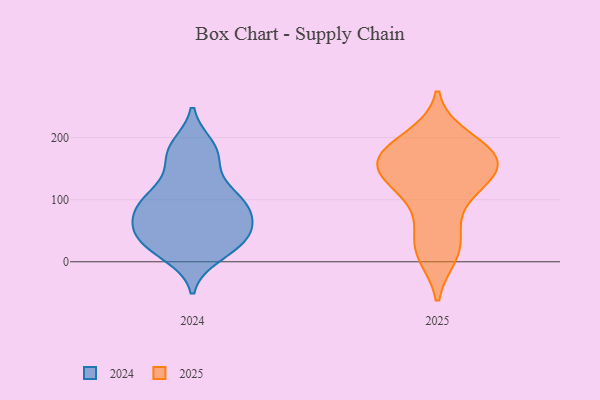
{"axis": {"x": "Operating Costs (USD K)", "y": "Value"}, "legend": ["2024", "2025"], "data": [{"x": "", "y": 103, "type": "2025"}, {"x": "", "y": 150, "type": "2025"}, {"x": "", "y": 20, "type": "2025"}, {"x": "", "y": 163, "type": "2025"}, {"x": "", "y": 178, "type": "2025"}, {"x": "", "y": 24, "type": "2025"}, {"x": "", "y": 168, "type": "2025"}, {"x": "", "y": 189, "type": "2025"}, {"x": "", "y": 13, "type": "2025"}, {"x": "", "y": 131, "type": "2025"}, {"x": "", "y": 129, "type": "2025"}, {"x": "", "y": 169, "type": "2025"}, {"x": "", "y": 158, "type": "2025"}, {"x": "", "y": 137, "type": "2025"}, {"x": "", "y": 199, "type": "2025"}, {"x": "", "y": 65, "type": "2025"}, {"x": "", "y": 36, "type": "2024"}, {"x": "", "y": 12, "type": "2024"}, {"x": "", "y": 74, "type": "2024"}, {"x": "", "y": 28, "type": "2024"}, {"x": "", "y": 96, "type": "2024"}, {"x": "", "y": 168, "type": "2024"}, {"x": "", "y": 100, "type": "2024"}, {"x": "", "y": 25, "type": "2024"}, {"x": "", "y": 53, "type": "2024"}, {"x": "", "y": 171, "type": "2024"}, {"x": "", "y": 109, "type": "2024"}, {"x": "", "y": 185, "type": "2024"}, {"x": "", "y": 65, "type": "2024"}, {"x": "", "y": 28, "type": "2024"}, {"x": "", "y": 95, "type": "2024"}, {"x": "", "y": 88, "type": "2024"}, {"x": "", "y": 42, "type": "2024"}, {"x": "", "y": 115, "type": "2024"}, {"x": "", "y": 62, "type": "2024"}, {"x": "", "y": 179, "type": "2024"}]}